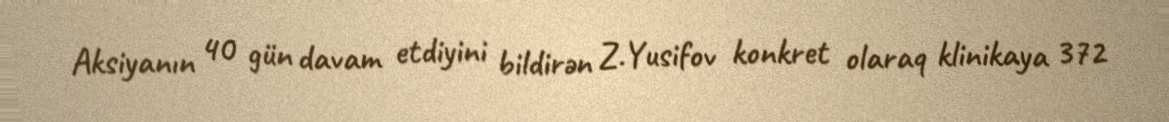
Aksiyanın 40 gün davam etdiyini bildirən Z.Yusifov konkret olaraq klinikaya 372